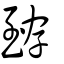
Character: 臶